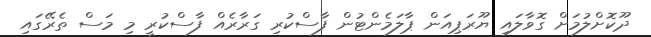
ދޫކޮށްލުމަށް ގޮވާލައި ޔޫރަޕިއަން ޕާލަމެންޓުން ފާސްކުރި ގަރާރެއް ފާސްކުރީ މި މަސް ތެރޭގައި